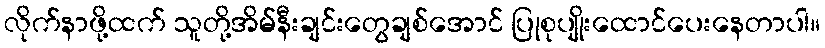
လိုက်နာဖို့ထက် သူတို့အိမ်နီးချင်းတွေချစ်အောင် ပြုစုပျိုးထောင်ပေးနေတာပါ။